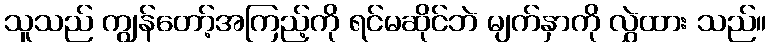
သူသည် ကျွန်တော့်အကြည့်ကို ရင်မဆိုင်ဘဲ မျက်နှာကို လွှဲထား သည်။